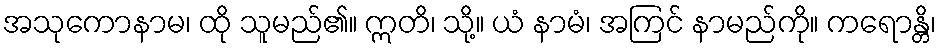
အသုကောနာမ၊ ထို သူမည်၏။ ဣတိ၊ သို့။ ယံ နာမံ၊ အကြင် နာမည်ကို။ ကရောန္တိ၊